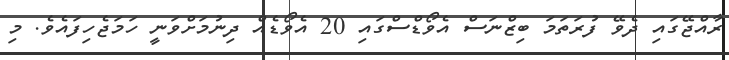
ރާއްޖޭގައި ދެވޭ ފުރަތަމަ ބިޒްނަސް އެވޯޑްސްގައި 20 އެވޯޑެއް ދިނުމަށްވަނީ ހަމަޖެހިފައެވެ. މި